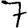
Digit: 7